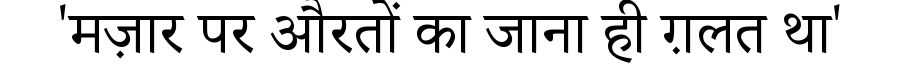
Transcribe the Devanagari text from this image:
'मज़ार पर औरतों का जाना ही ग़लत था'